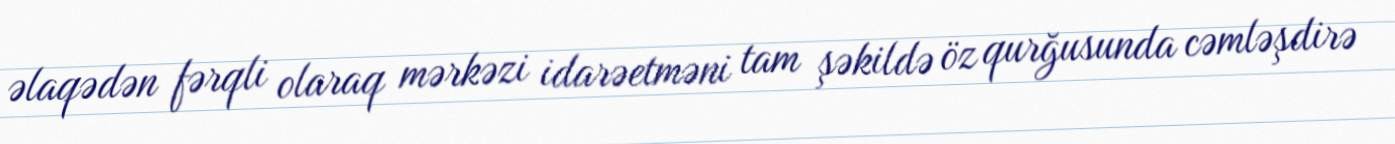
əlaqədən fərqli olaraq mərkəzi idarəetməni tam şəkildə öz qurğusunda cəmləşdirə